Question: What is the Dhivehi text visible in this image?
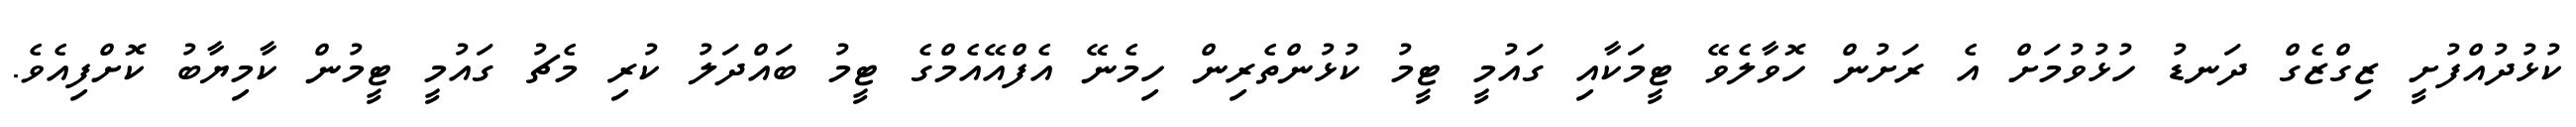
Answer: ކުޅުދުއްފުށީ ޒިގްޒެގް ދަނޑު ހުޅުވުމަށް އެ ރަށުން ހޮވާލެވޭ ޓީމަކާއި ގައުމީ ޓީމު ކުޅުންތެރިން ހިމެނޭ އެފްއޭއެމްގެ ޓީމު ބައްދަލު ކުރި މެޗު ގައުމީ ޓީމުން ކާމިޔާބު ކޮށްފިއެވެ.